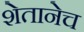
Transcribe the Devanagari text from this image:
शेतानेच